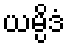
ယမ္ပိဒံ